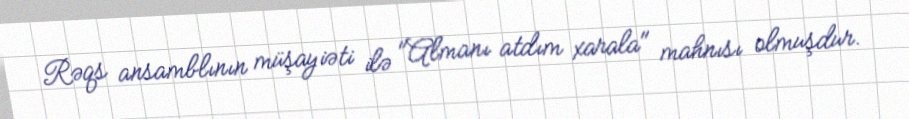
Rəqs ansamblının müşayiəti ilə "Almanı atdım xarala" mahnısı olmuşdur.